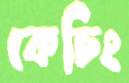
কেচিং